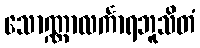
သောဏ္ဏာလင်္ကာရဘူသိတံ